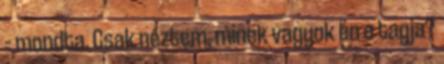
– mondta. Csak néztem, minek vagyok én a tagja?